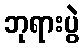
ဘုရားပွဲ